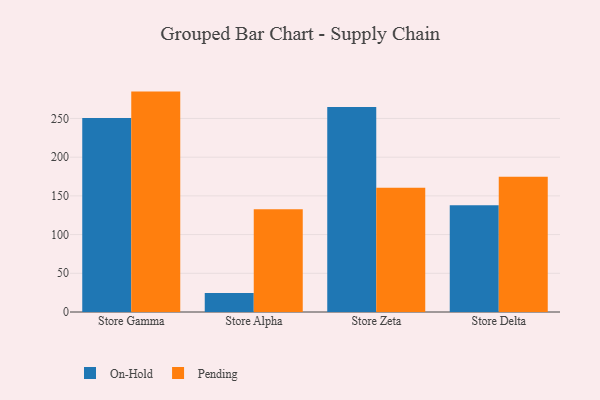
{"axis": {"x": "Store", "y": "Latency (ms)"}, "legend": ["On-Hold", "Pending"], "data": [{"x": "Store Gamma", "y": 250.7, "type": "On-Hold"}, {"x": "Store Gamma", "y": 284.7, "type": "Pending"}, {"x": "Store Alpha", "y": 24.6, "type": "On-Hold"}, {"x": "Store Alpha", "y": 132.7, "type": "Pending"}, {"x": "Store Zeta", "y": 264.8, "type": "On-Hold"}, {"x": "Store Zeta", "y": 160.5, "type": "Pending"}, {"x": "Store Delta", "y": 137.9, "type": "On-Hold"}, {"x": "Store Delta", "y": 174.8, "type": "Pending"}]}